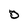
Character: O